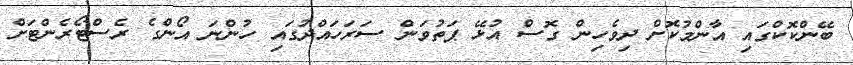
ބޭންކޮކްގައި އާންމުކޮށް ދިވެހިން ގޮސް އުޅޭ ޕަތުވަން ސަރަހައްދުގައި ހުންނަ އޯންގެ ރެސްޓޯރެންޓަށް